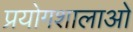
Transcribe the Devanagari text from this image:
प्रयोगशालाओ